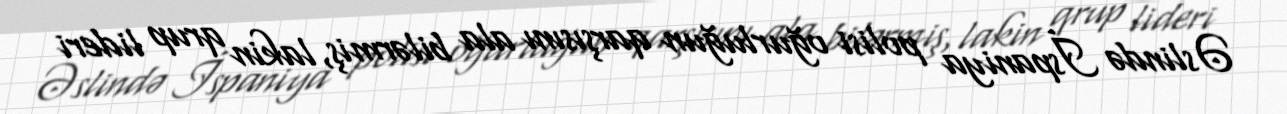
Əslində İspaniya polisi oğurluğun qarşısını ala bilərmiş, lakin qrup lideri